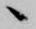
候